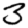
Digit: 3